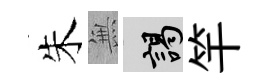
朱𭴾謁竿